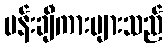
ပန်းချီကားများသည်